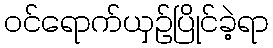
ဝင်ရောက်ယှဉ်ပြိုင်ခဲ့ရာ